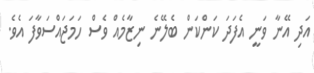
އަދި އޭނާ ވަނީ އެފަދަ ކަންކަން ބެލޭނެ ނިޒާމެއް ވެސް ހަމަޖައްސަވާފަ އެވެ.